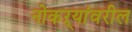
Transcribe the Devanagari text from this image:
नोकऱ्यांवरील